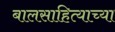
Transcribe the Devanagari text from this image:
बालसाहित्याच्या